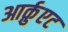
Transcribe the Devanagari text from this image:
आर्क़ुएट